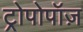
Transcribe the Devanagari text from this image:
ट्रोपोपॉज़